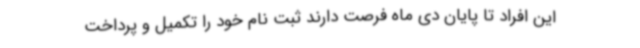
این افراد تا پایان دی ماه فرصت دارند ثبت نام خود را تکمیل و پرداخت